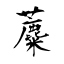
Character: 蘪